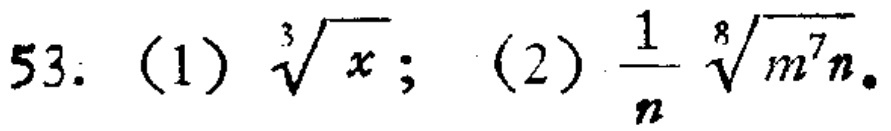
\[

53.\ (1)\ \sqrt[3]{x};\ (2)\ \frac{1}{n}\sqrt[8]{m^{7}n}

\]